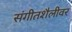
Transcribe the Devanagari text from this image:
संगीतशैलीवर